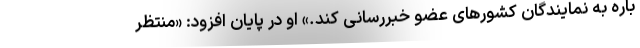
باره به نمایندگان کشورهای عضو خبررسانی کند.» او در پایان افزود: «منتظر